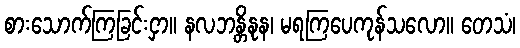
စားသောက်ကြခြင်းငှာ။ နလဘန္တိနုန၊ မရကြပေကုန်သလော။ တေသံ၊